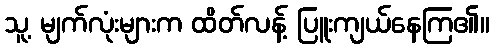
သူ့ မျက်လုံးများက ထိတ်လန့် ပြူးကျယ်နေကြ၏။